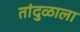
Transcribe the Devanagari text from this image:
तांदुळाला